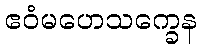
ဧဝံမဟေသက္ခေန